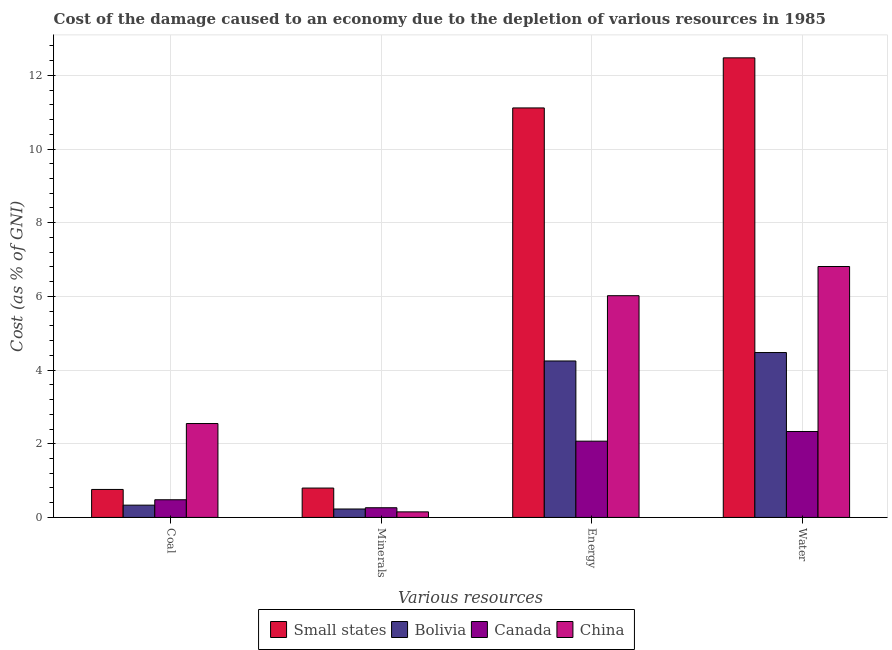
| Various resources | Small states | Bolivia | Canada | China |
 | --- | --- | --- | --- | --- |
 | Coal | 0.759 | 0.333 | 0.479 | 2.55 |
 | Minerals | 0.797 | 0.229 | 0.263 | 0.151 |
 | Energy | 11.1 | 4.25 | 2.07 | 6.02 |
 | Water | 12.5 | 4.48 | 2.33 | 6.81 |